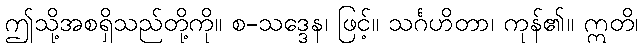
ဤသို့အစရှိသည်တို့ကို။ စ-သဒ္ဒေန၊ ဖြင့်။ သင်္ဂဟိတာ၊ ကုန်၏။ ဣတိ၊